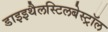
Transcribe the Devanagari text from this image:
डाइइथैलस्टिलबेस्ट्रॉल